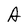
Character: A